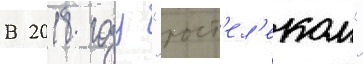
В 2018 году "рост'ел'еком"